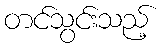
တင်သွင်းသည့်